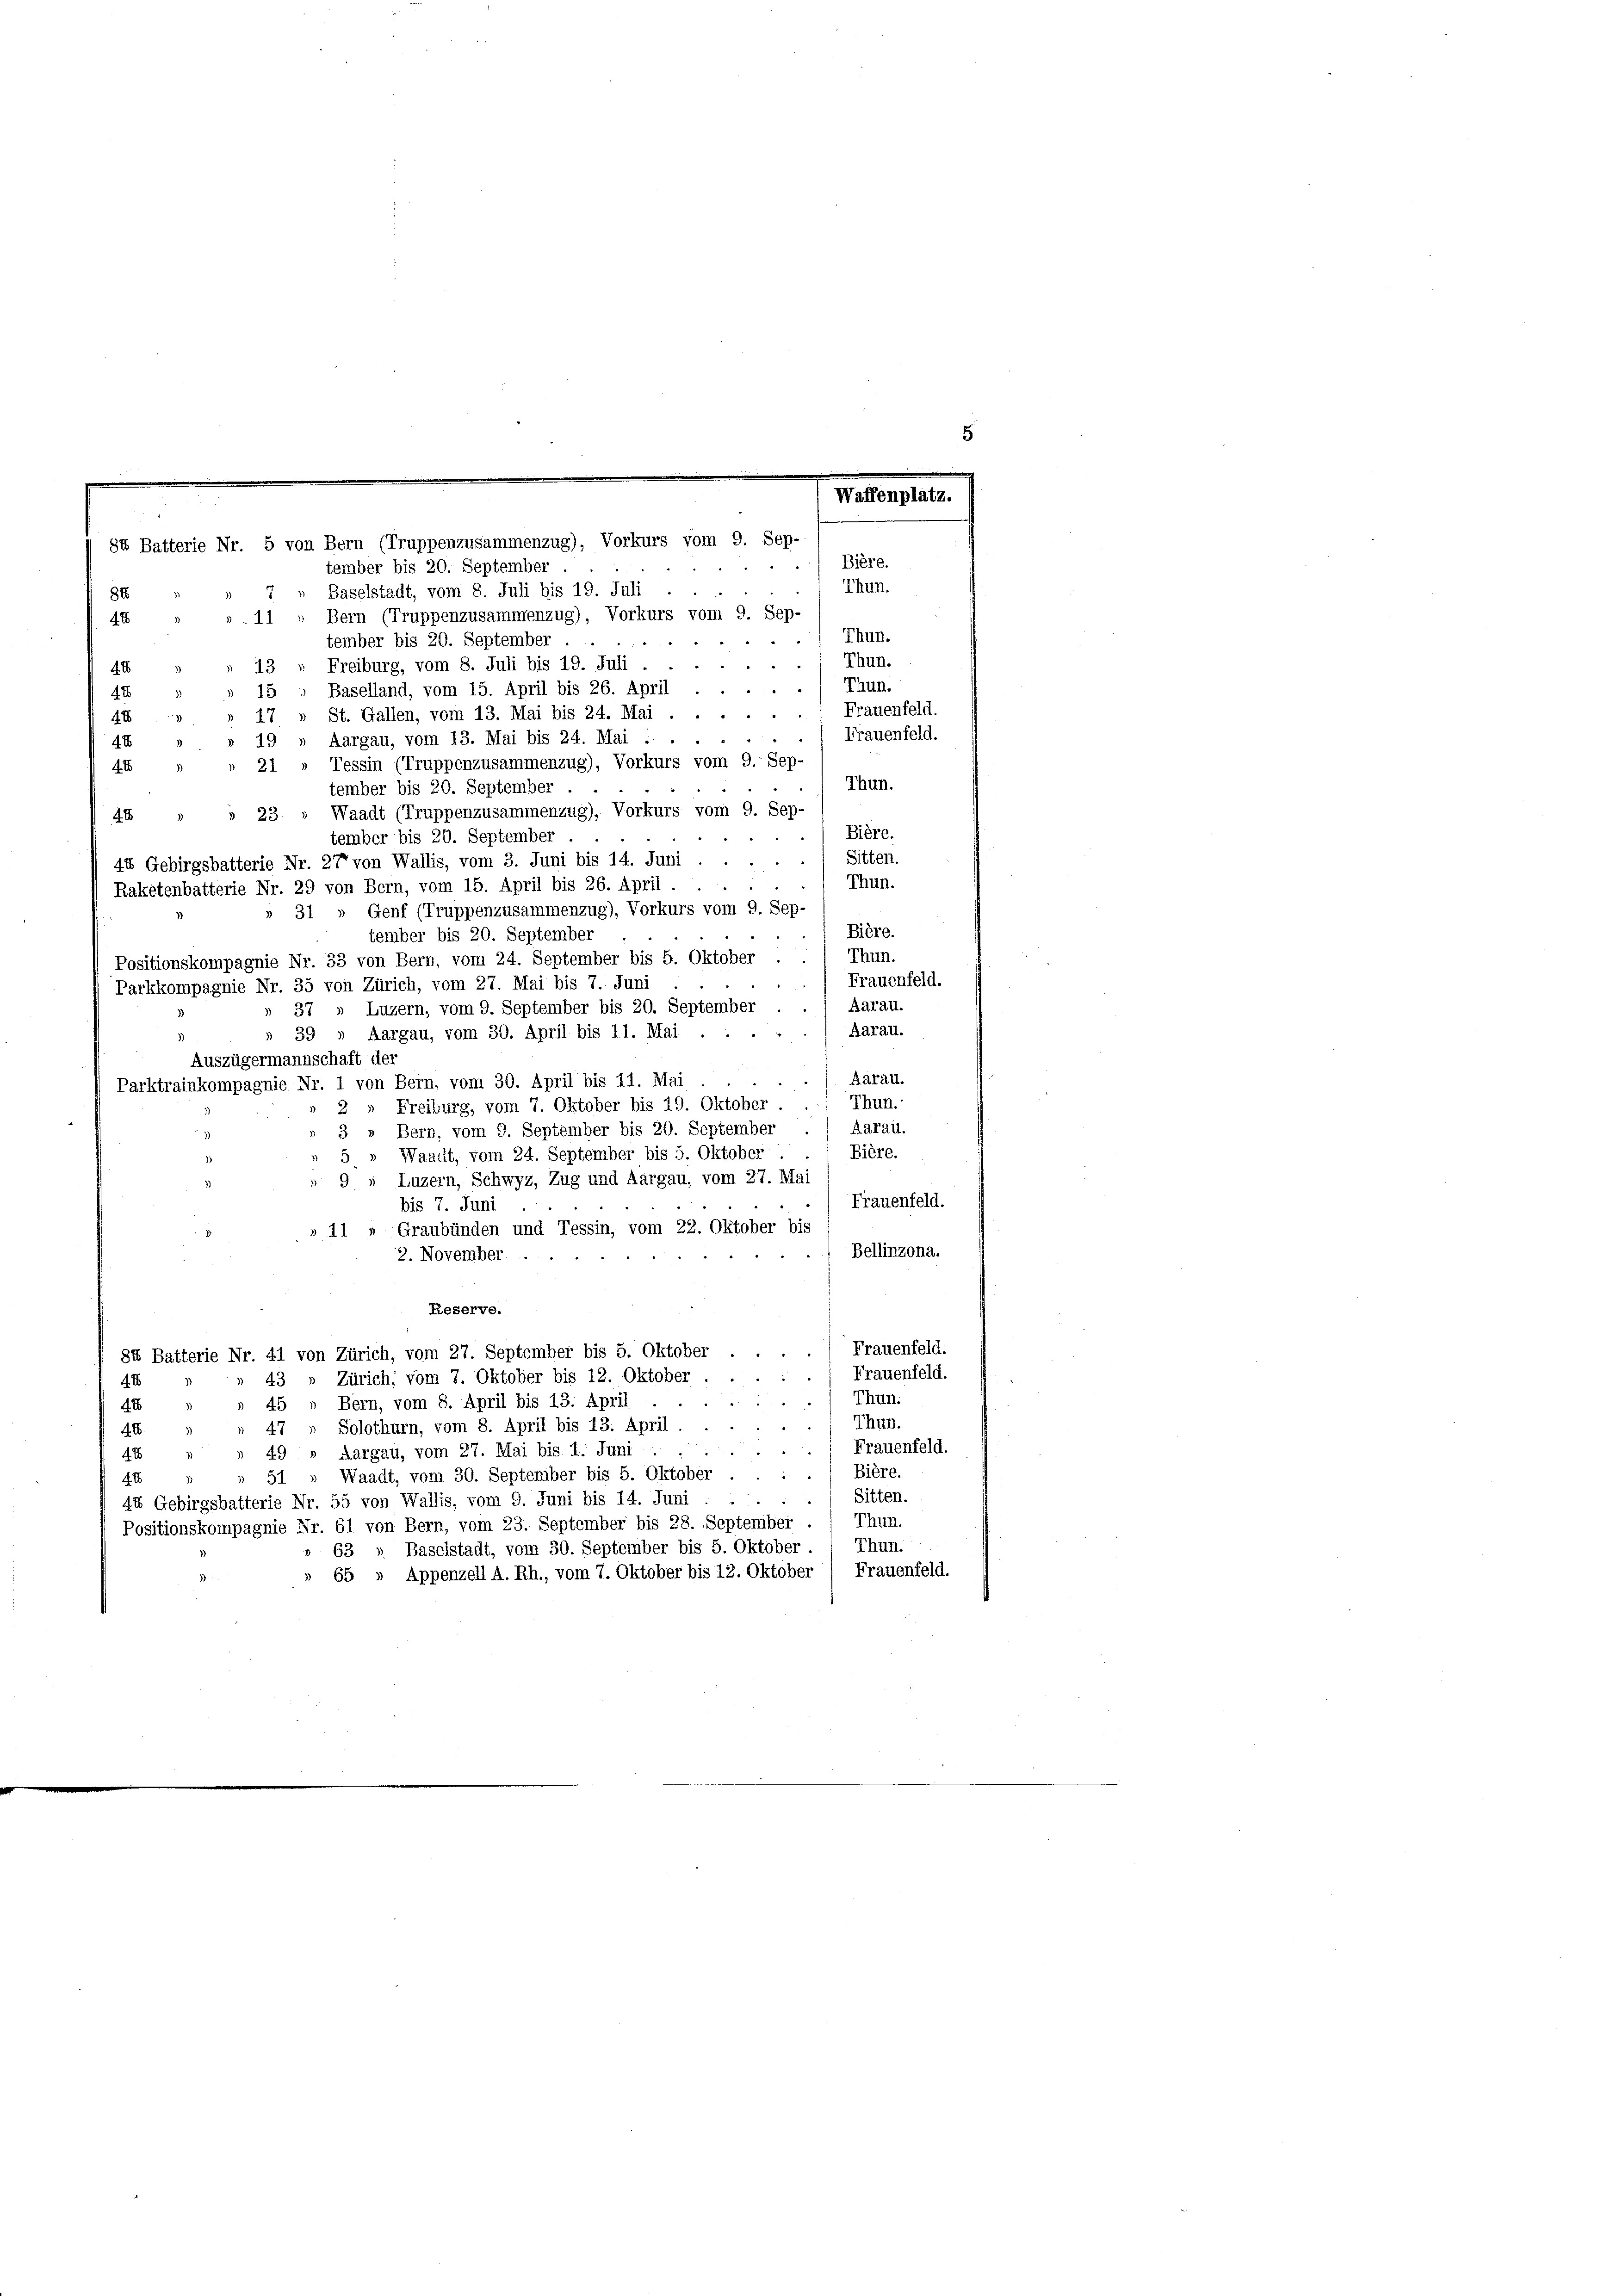
5.

Waffenplatz.
84 Batterie Nr. 5 von Bern (Truppenzusammenzug), Vorkurs vom 9. Sep-
Bière.
tember bis 20. September

Thun.
Baselstadt, vom 8. Juli bis 19. Juli
84
Bern (Truppenzusammenzug), Vorkurs vom 9. Sep-
41
4 x
Thun.
tember bis 20. September
Thun.
Freiburg, vom 8. Juli bis 19. Juli
48
Thun.
i
Baselland, vom 15. April bis 26. April
4 x
Frauenfeld.
St. Gallen, vom 13. Mai bis 24. Mai . .
4x
Frauenfeld.
Aargau, vom 13. Mai bis 24. Mai . .
4
4. E
Tessin (Truppenzusammenzug), Vorkurs vom 9. Sep-
4 x
Thun.
tember bis 20. September
23. Waadt (Truppenzusammenzug), Vorkurs vom 9. Sep-
4x
Bière.
tember bis 20. September
Sitten.
448 Gebirgsbatterie Nr. 277 von Wallis, vom 3. Juni bis 14. Juni
Thun.
Raketenbatterie Nr. 29 von Bern, vom 15. April bis 26. April,
Genf (Truppenzusammenzug), Vorkurs vom 9. Sep-
31
Bière.
tember bis 20. September
Thun.
Positionskompagnie Nr. 33 von Bern, vom 24. September bis 5. Oktober
Frauenfeld.
Parkkompagnie Nr. 35 von Zürich, vom 27. Mai bis 7. Juni
37 » Luzern, vom 9. September bis 20. September . 1 Aarau,
Aarau.
Aargau, vom 30. April bis 11. Mai .
39
Auszügermannschaft der
Aarau.
Parktrainkompagnie Nr. 1 von Bern, vom 30. April bis 11. Mai
Freiburg, vom 7. Oktober bis 19. Oktober . . ; Thun.-
2
Aarau.
3 » Bern, vom 9. September bis 20. September
Bière.
Waadt, vom 24. September bis 5. Oktober
5.
9, Luzern, Schwyz, Zug und Aargau, vom 27. Mai
Frauenfeld.
bis 7. Juni
» 11 » Graubünden und Tessin, vom 22. Oktober bis
Bellinzona.
2. November ...
Reserve.
Frauenfeld.
84 Batterie Nr. 41 von Zürich, vom 27. September bis 5. Oktober
Frauenfeld.
43 » Zürich, vom 7. Oktober bis 12. Oktober . .
40
Thun.
45 » Bern, vom 8. April bis 13. April
48
)
Thun.
Solothurn, vom 8. April bis 13. April.
47
48
Frauenfeld.
49» Aargau, vom 27. Mai bis 1. Juni.
4 x
) Biere.
51 „ Waadt, vom 30. September bis 5. Oktober
4. E
Sitten.
1
44 Gebirgsbatterie Nr. 55 von: Wallis, vom 9. Juni bis 14. Juni.
Thun.
Positionskompagnie Nr. 61 von Bern, vom 23. September bis 28. September
Thun.
63 „ Baselstadt, vom 30. September bis 5. Oktober
 65 » Appenzell A. Rh., vom 7. Oktober bis 12. Oktober 1 Frauenfeld.